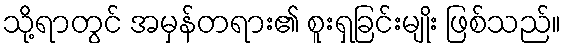
သို့ရာတွင် အမှန်တရား၏ စူးရှခြင်းမျိုး ဖြစ်သည်။